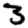
Digit: 3